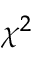
\chi ^ { 2 }